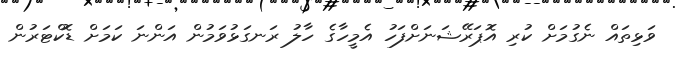
ވަޅިތައް ނެގުމަށް ކުރި އޮޕަރޭޝަނަށްފަހު އެމީހާގެ ހާލު ރަނގަޅުވަމުން އަންނަ ކަމަށް ޑޮކްޓަރުން